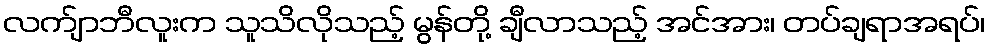
လက်ျာဘီလူးက သူသိလိုသည့် မွန်တို့ ချီလာသည့် အင်အား၊ တပ်ချရာအရပ်၊